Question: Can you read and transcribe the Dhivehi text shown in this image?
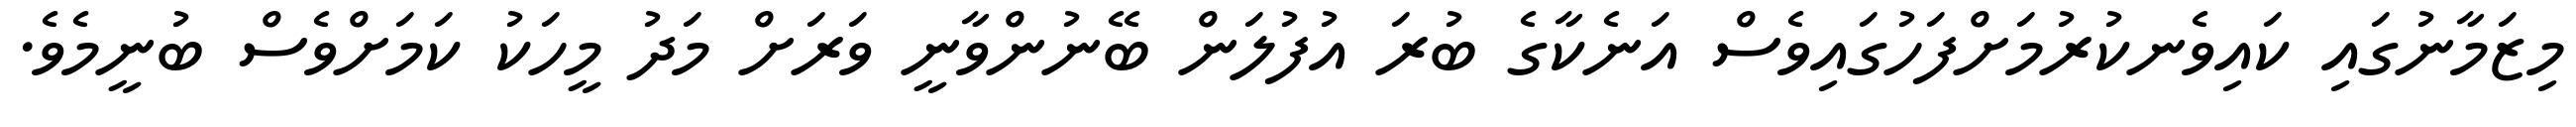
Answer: މިޒަމާނުގައި ކައިވެނކުރުމަށްފަހުގައިވެސް އަނެކާގެ ބުރަ އުފުލަން ބޭނުންވާނީ ވަރަށް މަދު މީހަކު ކަމަށްވެސް ބުނީމެވެ.